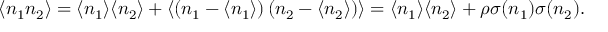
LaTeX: \langle n _ { 1 } n _ { 2 } \rangle = \langle n _ { 1 } \rangle \langle n _ { 2 } \rangle + \langle \left( n _ { 1 } - \langle n _ { 1 } \rangle \right) \left( n _ { 2 } - \langle n _ { 2 } \rangle \right) \rangle = \langle n _ { 1 } \rangle \langle n _ { 2 } \rangle + \rho \sigma ( n _ { 1 } ) \sigma ( n _ { 2 } ) .